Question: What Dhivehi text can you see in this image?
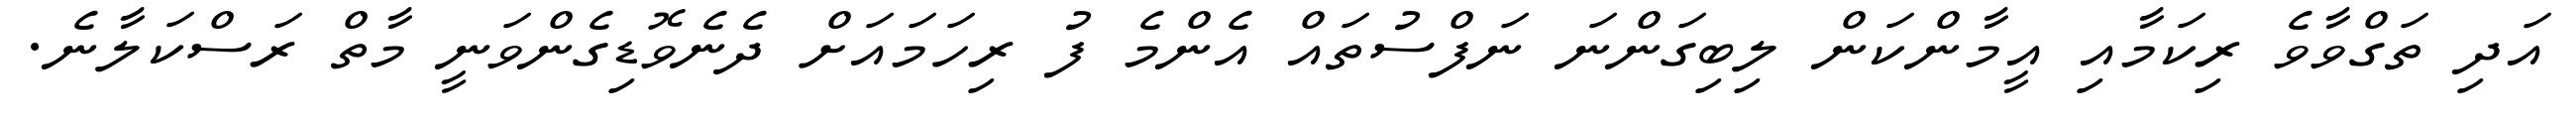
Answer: އަދި ތަގްވާވެ ރިކަމާއި އީމާންކަން ލިބިގަންނަ ނަފްސުތައް އެންމެ ފު ރިހަމައަށް ދެނެވޮޑިގެންވަނީ މާތް ރަސްކަލާނެ.